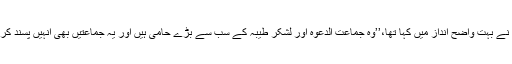
مشرف نے بہت واضح انداز میں کہا تھا،’’وہ جماعت الدعوہ اور لشکرِ طیبہ کے سب سے بڑے حامی ہیں اور یہ جماعتیں بھی انہیں پسند کرتی ہیں۔